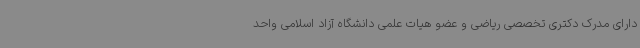
دارای مدرک دکتری تخصصی ریاضی و عضو هیات علمی دانشگاه آزاد اسلامی واحد